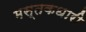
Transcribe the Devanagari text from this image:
मस्तकधारी